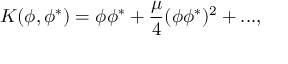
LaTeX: K ( \phi , \phi ^ { * } ) = \phi \phi ^ { * } + \frac { \mu } { 4 } ( \phi \phi ^ { * } ) ^ { 2 } + . . . ,